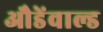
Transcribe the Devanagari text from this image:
औडेंवाल्ड